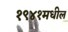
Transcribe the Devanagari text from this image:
१९४१मधील